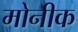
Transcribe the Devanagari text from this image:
मोनीक